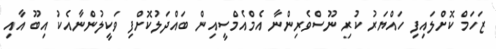
ޒަހަމް ކޮށްލައިފި ހައްޔަރު ކުރި ނޫސްވެރިންނާ އެމްއެމްސީއިން ބައްދަލުކޮށްފި ވަކީލުންނާއެކު އިބޫ އާއި